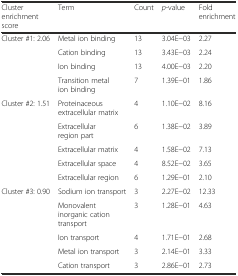
<table><thead><tr><td><b>Cluster enrichment score</b></td><td><b>Term</b></td><td><b>Count</b></td><td><b><i>p</i>-value</b></td><td><b>Fold enrichment</b></td></tr></thead><tbody><tr><td>Cluster #1: 2.06</td><td>Metal ion binding</td><td>13</td><td>3.04E−03</td><td>2.27</td></tr><tr><td></td><td>Cation binding</td><td>13</td><td>3.43E−03</td><td>2.24</td></tr><tr><td></td><td>Ion binding</td><td>13</td><td>4.00E−03</td><td>2.20</td></tr><tr><td></td><td>Transition metal ion binding</td><td>7</td><td>1.39E−01</td><td>1.86</td></tr><tr><td>Cluster #2: 1.51</td><td>Proteinaceous extracellular matrix</td><td>4</td><td>1.10E−02</td><td>8.16</td></tr><tr><td></td><td>Extracellular region part</td><td>6</td><td>1.38E−02</td><td>3.89</td></tr><tr><td></td><td>Extracellular matrix</td><td>4</td><td>1.58E−02</td><td>7.13</td></tr><tr><td></td><td>Extracellular space</td><td>4</td><td>8.52E−02</td><td>3.65</td></tr><tr><td></td><td>Extracellular region</td><td>6</td><td>1.29E−01</td><td>2.10</td></tr><tr><td>Cluster #3: 0.90</td><td>Sodium ion transport</td><td>3</td><td>2.27E−02</td><td>12.33</td></tr><tr><td></td><td>Monovalent inorganic cation transport</td><td>3</td><td>1.28E−01</td><td>4.63</td></tr><tr><td></td><td>Ion transport</td><td>4</td><td>1.71E−01</td><td>2.68</td></tr><tr><td></td><td>Metal ion transport</td><td>3</td><td>2.14E−01</td><td>3.33</td></tr><tr><td></td><td>Cation transport</td><td>3</td><td>2.86E−01</td><td>2.73</td></tr></tbody></table>